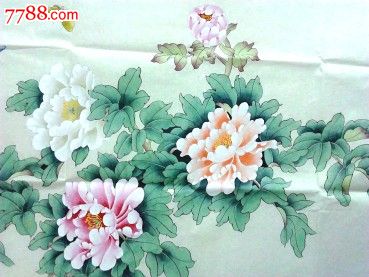
蜂争粉蕊蝶分香，不似垂杨惜金缕。